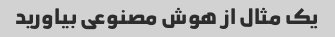
یک مثال از هوش مصنوعی بیاورید